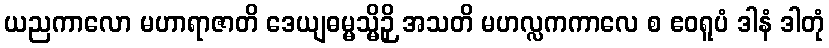
ယညကာလော မဟာရာဇာတိ ဒေယျဓမ္မသ္မိဉှိ အသတိ မဟလ္လကကာလေ စ ဧဝရူပံ ဒါနံ ဒါတုံ